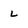
Character: L